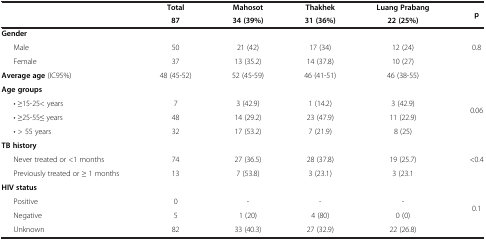
<table><thead><tr><td rowspan="2"><b> </b></td><td><b>Total</b></td><td><b>Mahosot</b></td><td><b>Thakhek</b></td><td><b>Luang Prabang</b></td><td rowspan="2"><b>p</b></td></tr><tr><td><b>87</b></td><td><b>34 (39%)</b></td><td><b>31 (36%)</b></td><td><b>22 (25%)</b></td></tr></thead><tbody><tr><td><b>Gender</b></td><td> </td><td> </td><td> </td><td> </td><td rowspan="3">0.8</td></tr><tr><td>Male</td><td>50</td><td>21 (42)</td><td>17 (34)</td><td>12 (24)</td></tr><tr><td>Female</td><td>37</td><td>13 (35.2)</td><td>14 (37.8)</td><td>10 (27)</td></tr><tr><td><b>Average age</b> (IC95%)</td><td>48 (45-52)</td><td>52 (45-59)</td><td>46 (41-51)</td><td>46 (38-55)</td><td> </td></tr><tr><td><b>Age groups</b></td><td> </td><td> </td><td> </td><td> </td><td rowspan="4">0.06</td></tr><tr><td>• ≥15-25&lt; years</td><td>7</td><td>3 (42.9)</td><td>1 (14.2)</td><td>3 (42.9)</td></tr><tr><td>• ≥25-55≤ years</td><td>48</td><td>14 (29.2)</td><td>23 (47.9)</td><td>11 (22.9)</td></tr><tr><td>• &gt; 55 years</td><td>32</td><td>17 (53.2)</td><td>7 (21.9)</td><td>8 (25)</td></tr><tr><td><b>TB history</b></td><td> </td><td> </td><td> </td><td> </td><td rowspan="3">&lt;0.4</td></tr><tr><td>Never treated or &lt;1 months</td><td>74</td><td>27 (36.5)</td><td>28 (37.8)</td><td>19 (25.7)</td></tr><tr><td>Previously treated or ≥ 1 months</td><td>13</td><td>7 (53.8)</td><td>3 (23.1)</td><td>3 (23.1</td></tr><tr><td><b>HIV status</b></td><td> </td><td> </td><td> </td><td> </td><td rowspan="4">0.1</td></tr><tr><td>Positive</td><td>0</td><td>-</td><td>-</td><td>-</td></tr><tr><td>Negative</td><td>5</td><td>1 (20)</td><td>4 (80)</td><td>0 (0)</td></tr><tr><td>Unknown</td><td>82</td><td>33 (40.3)</td><td>27 (32.9)</td><td>22 (26.8)</td></tr></tbody></table>